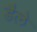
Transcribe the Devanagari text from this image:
डैले